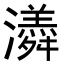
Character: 𭳫